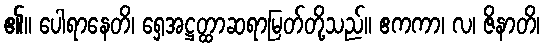
၏။ ပေါရာနေတိ၊ ရှေအဋ္ဌတ္ထာဆရာမြတ်တို့သည်။ ဧကကာ၊ လ၊ ဇိနာတိ၊